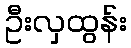
ဦးလှထွန်း